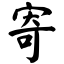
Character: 寄